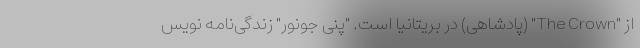
از "The Crown" (پادشاهی) در بریتانیا است. "پنی جونور" زندگی‌نامه نویس